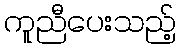
ကူညီပေးသည့်